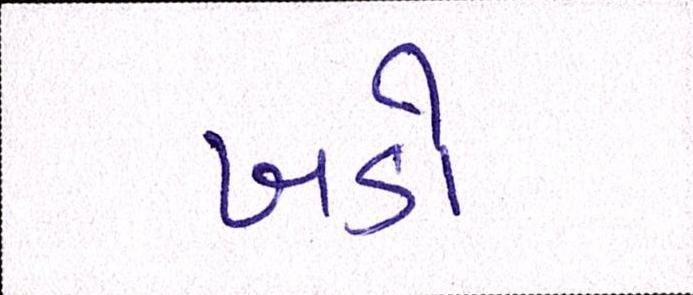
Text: ખડો